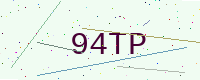
Text: 94TP